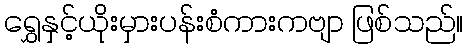
ရွှေနှင့်ယိုးမှားပန်းစံကားကဗျာ ဖြစ်သည်။